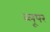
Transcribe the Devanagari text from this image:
ब्लूपर